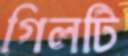
গিলটি